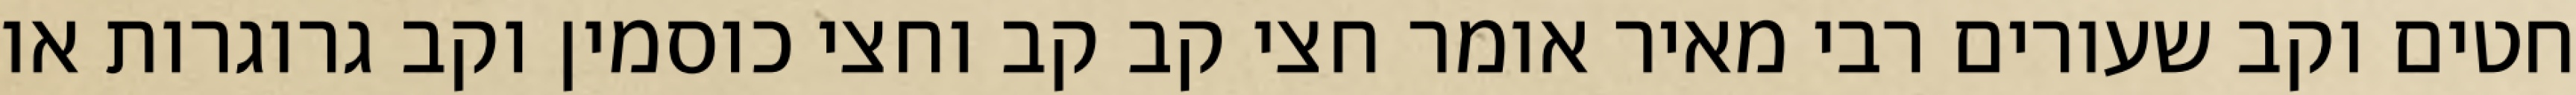
חטים וקב שעורים רבי מאיר אומר חצי קב קב וחצי כוסמין וקב גרוגרות או